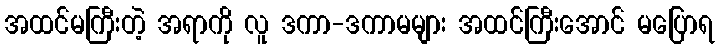
အထင်မကြီးတဲ့ အရာကို လူ ဒကာ-ဒကာမများ အထင်ကြီးအောင် မပြောရ